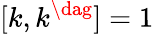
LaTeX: [k,k^{\dag}]=1